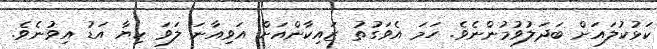
ކަޅުކުލައަށް ބަދަލުވުމުންނެވެ. ހަަމަ އެވަގުތު ޒައިކާންއަށް އަވިއާނަ ލަވަ ކިޔާ އަޑު އިވުނެވެ.